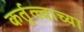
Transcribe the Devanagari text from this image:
कर्तृत्त्वाच्या